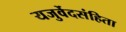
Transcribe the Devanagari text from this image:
यजुर्वेदसंहिता